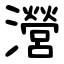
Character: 瀯